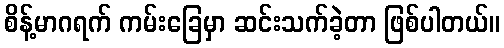
စိန့်မာဂရက် ကမ်းခြေမှာ ဆင်းသက်ခဲ့တာ ဖြစ်ပါတယ်။